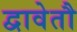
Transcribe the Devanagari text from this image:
द्वावेतौ